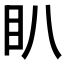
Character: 𭾘